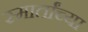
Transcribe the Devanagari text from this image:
स्मार्तांच्या